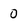
Character: 0